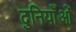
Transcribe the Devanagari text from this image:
दुनियाँओं